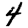
Digit: 4